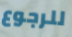
للرجوع